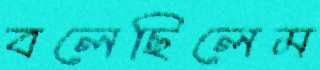
বলেছিলেম